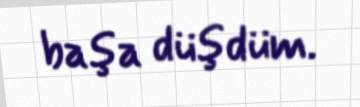
başa düşdüm.